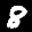
Label: 8